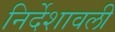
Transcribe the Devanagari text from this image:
निर्देशावली